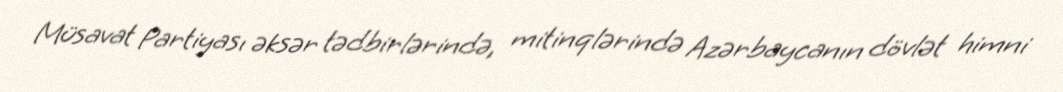
Müsavat Partiyası əksər tədbirlərində, mitinqlərində Azərbaycanın dövlət himni